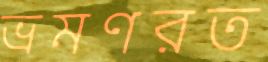
ভ্রমণরত